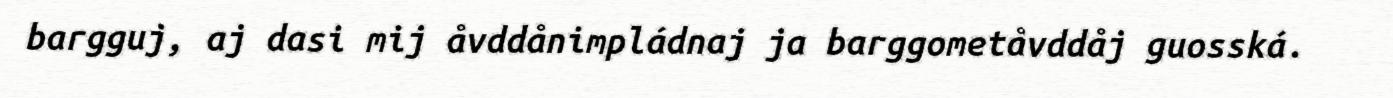
bargguj, aj dasi mij åvddånimpládnaj ja barggometåvddåj guosská.